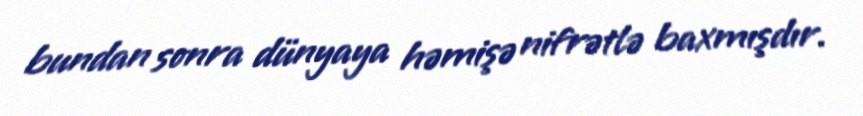
bundan sonra dünyaya həmişə nifrətlə baxmışdır.